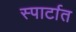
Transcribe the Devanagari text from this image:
स्पार्टात